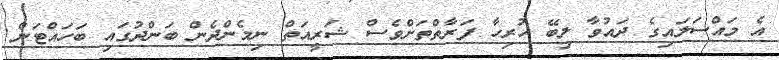
އެ މައްސަލައިގެ ދައުވާ ލިބޭ ހުރިހާ ފަރާތްތަށްވެސް ޝަރީއަތް ނިމެންދެން ބަންދުގައި ބަހައްޓަން